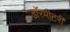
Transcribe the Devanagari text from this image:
डॉरमीटरी